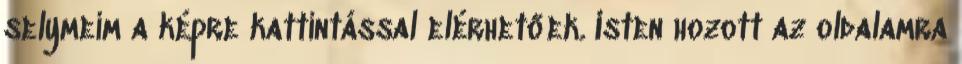
selymeim a képre kattintással elérhetőek. Isten hozott az oldalamra